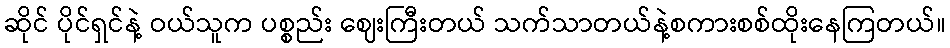
ဆိုင် ပိုင်ရှင်နဲ့ ဝယ်သူက ပစ္စည်း ဈေးကြီးတယ် သက်သာတယ်နဲ့စကားစစ်ထိုးနေကြတယ်။